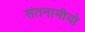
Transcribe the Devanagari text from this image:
संतनामीयो